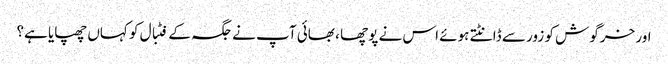
اور خرگوش کو زور سے ڈانٹتے ہوئے اس نے پوچھا ، بھائی آپ نے جگہ کے فٹبال کو کہاں چھپایا ہے؟